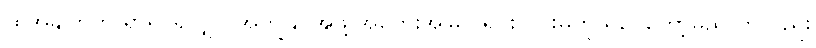
ထိုအချက်ကို ရှာ၍ ရလျှင် အကျွန်ုပ်အဖို့ အတွေးအမြင် ရှင်းလင်းမှုကို ရပေတော့မည် ဟုလည်း